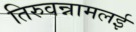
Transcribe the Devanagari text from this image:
तिरुवन्नामलई